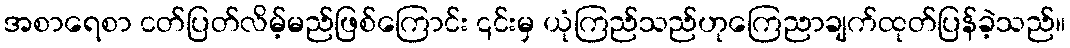
အစာရေစာ ငတ်ပြတ်လိမ့်မည်ဖြစ်ကြောင်း ၎င်းမှ ယုံကြည်သည်ဟုကြေညာချက်ထုတ်ပြန်ခဲ့သည်။